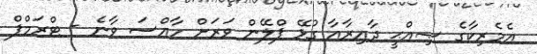
އެމެރިކާގެ ޞިއްޙީ ދާއިރާއާ ގުޅޭ ޕްލޭން ވަރަށް ހާއްސަ ވާނެ - ޓްރަމްޕް